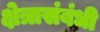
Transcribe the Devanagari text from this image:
क्षेत्रासंबंधी